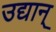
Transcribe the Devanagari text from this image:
उद्यान्